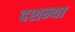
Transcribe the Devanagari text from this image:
दशम्या